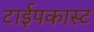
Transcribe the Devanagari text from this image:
टाईपकास्ट